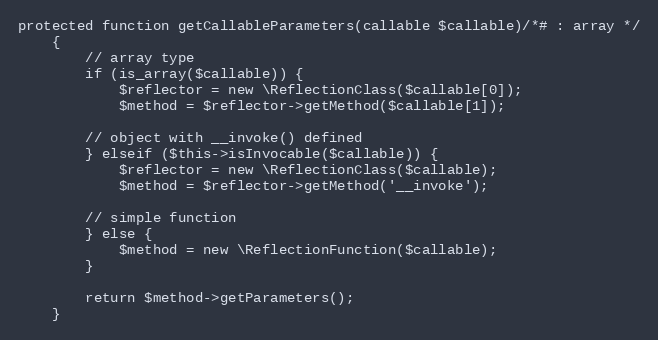
Language: PHP
protected function getCallableParameters(callable $callable)/*# : array */
    {
        // array type
        if (is_array($callable)) {
            $reflector = new \ReflectionClass($callable[0]);
            $method = $reflector->getMethod($callable[1]);

        // object with __invoke() defined
        } elseif ($this->isInvocable($callable)) {
            $reflector = new \ReflectionClass($callable);
            $method = $reflector->getMethod('__invoke');

        // simple function
        } else {
            $method = new \ReflectionFunction($callable);
        }

        return $method->getParameters();
    }